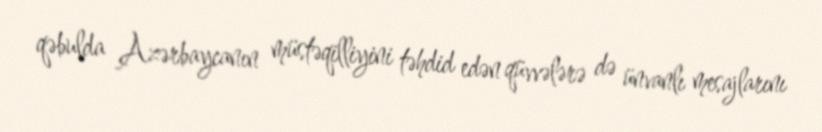
qəbulda Azərbaycanın müstəqilliyini təhdid edən qüvvələrə də ünvanlı mesajlarını